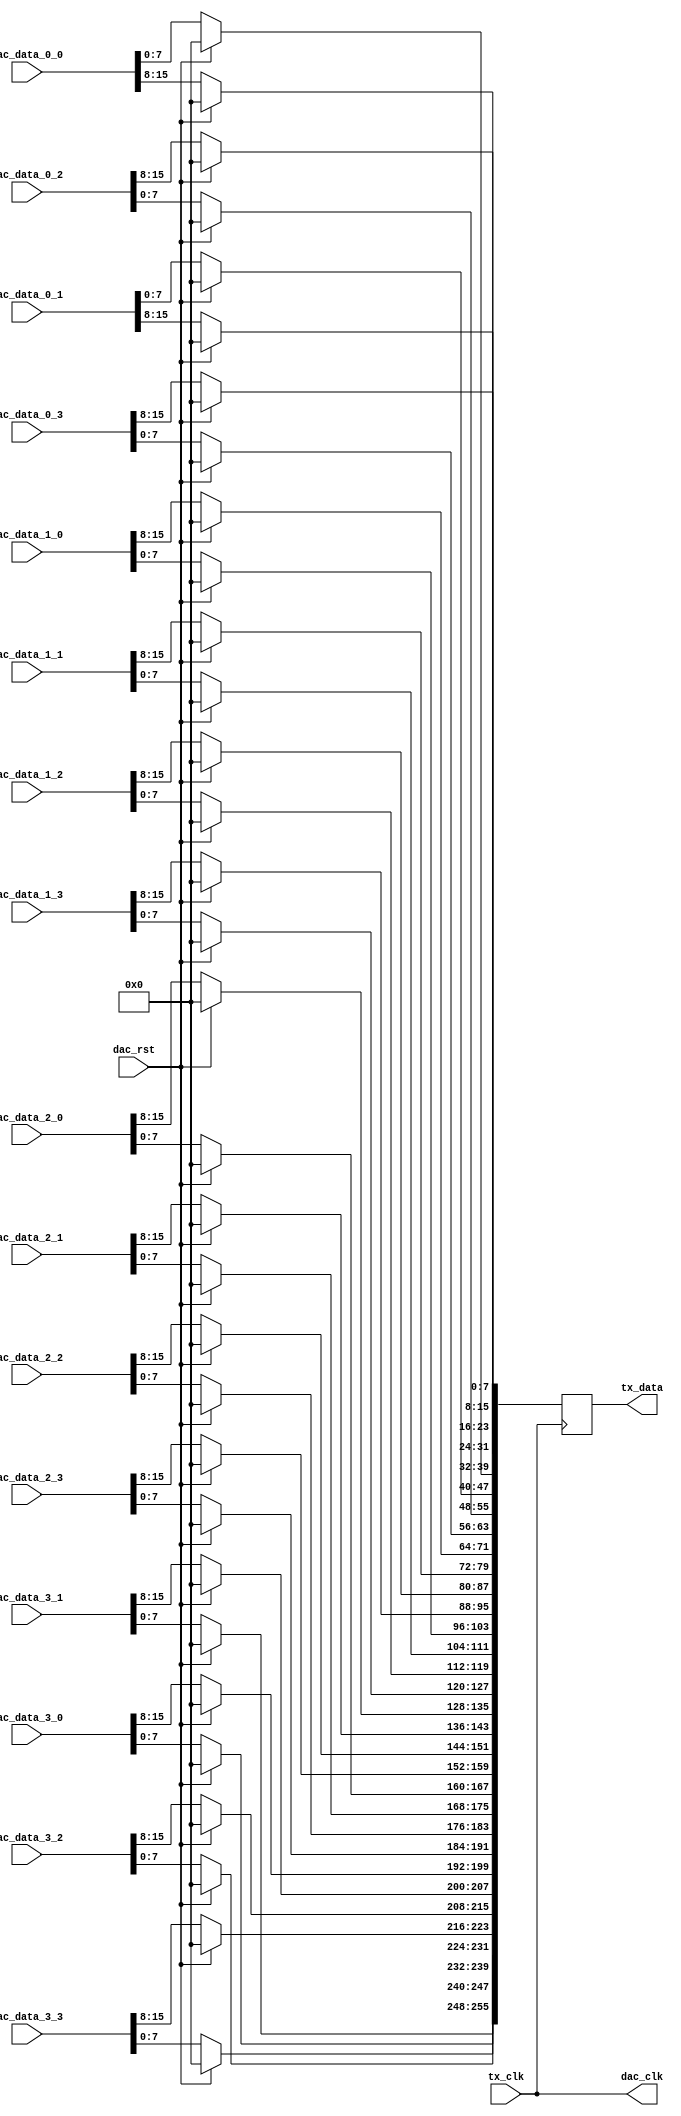
// ***************************************************************************
// ***************************************************************************
// Copyright 2014 - 2017 (c) Analog Devices, Inc. All rights reserved.
//
// In this HDL repository, there are many different and unique modules, consisting
// of various HDL (Verilog or VHDL) components. The individual modules are
// developed independently, and may be accompanied by separate and unique license
// terms.
//
// The user should read each of these license terms, and understand the
// freedoms and responsibilities that he or she has by using this source/core.
//
// This core is distributed in the hope that it will be useful, but WITHOUT ANY
// WARRANTY; without even the implied warranty of MERCHANTABILITY or FITNESS FOR
// A PARTICULAR PURPOSE.
//
// Redistribution and use of source or resulting binaries, with or without modification
// of this file, are permitted under one of the following two license terms:
//
//   1. The GNU General Public License version 2 as published by the
//      Free Software Foundation, which can be found in the top level directory
//      of this repository (LICENSE_GPL2), and also online at:
//      <https://www.gnu.org/licenses/old-licenses/gpl-2.0.html>
//
// OR
//
//   2. An ADI specific BSD license, which can be found in the top level directory
//      of this repository (LICENSE_ADIBSD), and also on-line at:
//      https://github.com/analogdevicesinc/hdl/blob/master/LICENSE_ADIBSD
//      This will allow to generate bit files and not release the source code,
//      as long as it attaches to an ADI device.
//
// ***************************************************************************
// ***************************************************************************

`timescale 1ns/100ps

module axi_ad9144_if (

  // jesd interface
  // tx_clk is (line-rate/40)

  input                   tx_clk,
  output  reg [255:0]     tx_data,

  // dac interface

  output                  dac_clk,
  input                   dac_rst,
  input       [15:0]      dac_data_0_0,
  input       [15:0]      dac_data_0_1,
  input       [15:0]      dac_data_0_2,
  input       [15:0]      dac_data_0_3,
  input       [15:0]      dac_data_1_0,
  input       [15:0]      dac_data_1_1,
  input       [15:0]      dac_data_1_2,
  input       [15:0]      dac_data_1_3,
  input       [15:0]      dac_data_2_0,
  input       [15:0]      dac_data_2_1,
  input       [15:0]      dac_data_2_2,
  input       [15:0]      dac_data_2_3,
  input       [15:0]      dac_data_3_0,
  input       [15:0]      dac_data_3_1,
  input       [15:0]      dac_data_3_2,
  input       [15:0]      dac_data_3_3);


  // internal registers

  // reorder data for the jesd links

  assign dac_clk = tx_clk;

  always @(posedge dac_clk) begin
    if (dac_rst == 1'b1) begin
      tx_data <= 256'd0;
    end else begin
      tx_data[255:248] <= dac_data_3_3[ 7: 0];
      tx_data[247:240] <= dac_data_3_2[ 7: 0];
      tx_data[239:232] <= dac_data_3_1[ 7: 0];
      tx_data[231:224] <= dac_data_3_0[ 7: 0];
      tx_data[223:216] <= dac_data_3_3[15: 8];
      tx_data[215:208] <= dac_data_3_2[15: 8];
      tx_data[207:200] <= dac_data_3_1[15: 8];
      tx_data[199:192] <= dac_data_3_0[15: 8];
      tx_data[191:184] <= dac_data_2_3[ 7: 0];
      tx_data[183:176] <= dac_data_2_2[ 7: 0];
      tx_data[175:168] <= dac_data_2_1[ 7: 0];
      tx_data[167:160] <= dac_data_2_0[ 7: 0];
      tx_data[159:152] <= dac_data_2_3[15: 8];
      tx_data[151:144] <= dac_data_2_2[15: 8];
      tx_data[143:136] <= dac_data_2_1[15: 8];
      tx_data[135:128] <= dac_data_2_0[15: 8];
      tx_data[127:120] <= dac_data_1_3[ 7: 0];
      tx_data[119:112] <= dac_data_1_2[ 7: 0];
      tx_data[111:104] <= dac_data_1_1[ 7: 0];
      tx_data[103: 96] <= dac_data_1_0[ 7: 0];
      tx_data[ 95: 88] <= dac_data_1_3[15: 8];
      tx_data[ 87: 80] <= dac_data_1_2[15: 8];
      tx_data[ 79: 72] <= dac_data_1_1[15: 8];
      tx_data[ 71: 64] <= dac_data_1_0[15: 8];
      tx_data[ 63: 56] <= dac_data_0_3[ 7: 0];
      tx_data[ 55: 48] <= dac_data_0_2[ 7: 0];
      tx_data[ 47: 40] <= dac_data_0_1[ 7: 0];
      tx_data[ 39: 32] <= dac_data_0_0[ 7: 0];
      tx_data[ 31: 24] <= dac_data_0_3[15: 8];
      tx_data[ 23: 16] <= dac_data_0_2[15: 8];
      tx_data[ 15:  8] <= dac_data_0_1[15: 8];
      tx_data[  7:  0] <= dac_data_0_0[15: 8];
    end
  end

endmodule

// ***************************************************************************
// ***************************************************************************